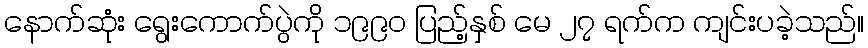
နောက်ဆုံး ရွေးကောက်ပွဲကို ၁၉၉၀ ပြည့်နှစ် မေ ၂၇ ရက်က ကျင်းပခဲ့သည်။